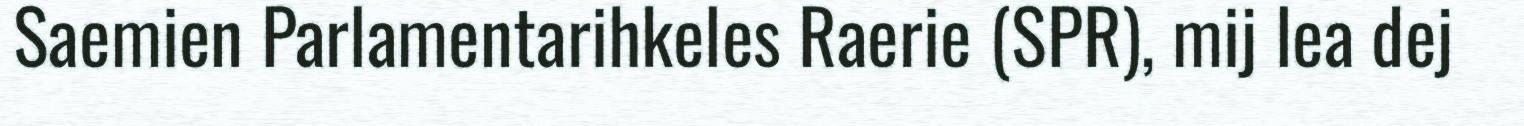
Saemien Parlamentarihkeles Raerie (SPR), mij lea dej